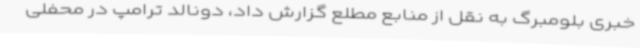
خبری بلومبرگ به نقل از منابع مطلع گزارش داد، دونالد ترامپ در محفلی